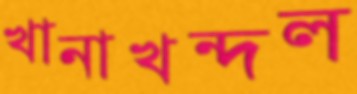
খানাখন্দল